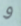
و